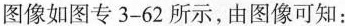
图像如图专3-62所示，由图像可知：